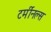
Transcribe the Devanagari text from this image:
टर्मीनल्स